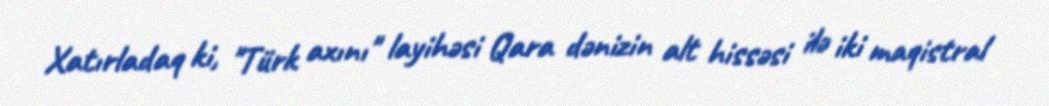
Xatırladaq ki, "Türk axını" layihəsi Qara dənizin alt hissəsi ilə iki maqistral